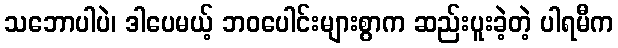
သဘောပါပဲ၊ ဒါပေမယ့် ဘဝပေါင်းများစွာက ဆည်းပူးခဲ့တဲ့ ပါရမီက